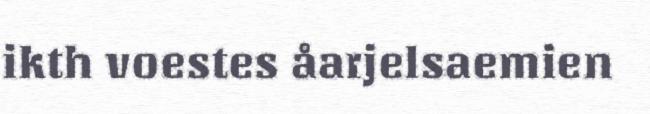
ikth voestes åarjelsaemien